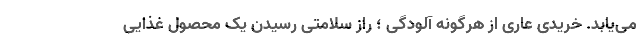
می‌یابد. خریدی عاری از هرگونه آلودگی ؛ راز سلامتی رسیدن یک محصول غذایی